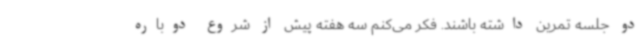
دو جلسه تمرین داشته باشند. فکر می‌کنم سه هفته پیش از شروع دوباره